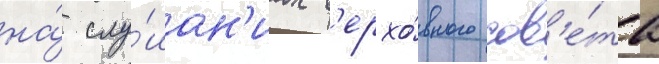
на́ слу́шан'иах в'ерхо́вного сов'е́та